Report on vaccination in Madras 1877-1894 - 1877-1894
Year: 1877
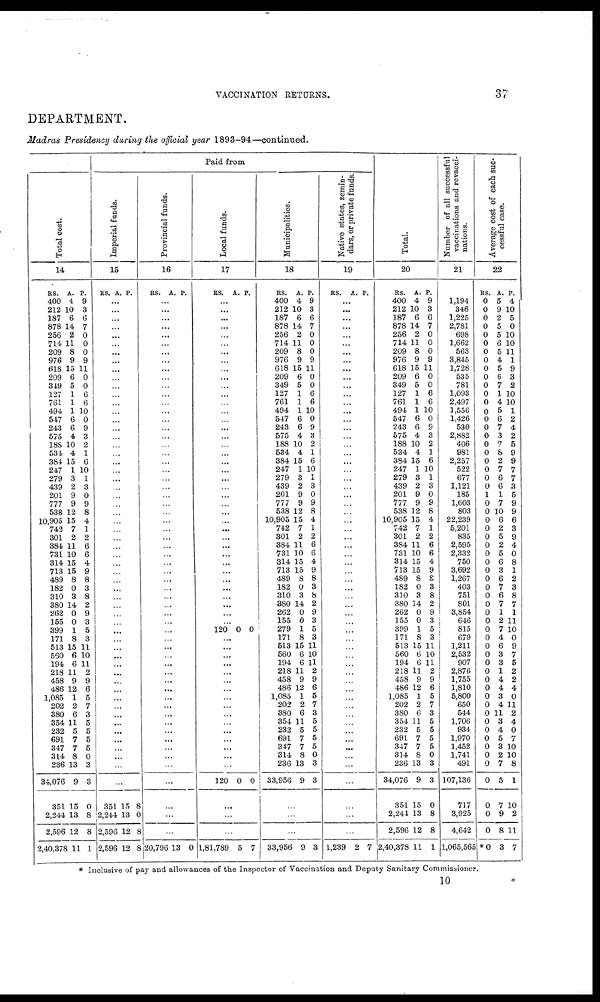
VACCINATION RETURNS.
37
DEPARTMENT.
Madras Presidency during the official year 1893-94—continued.
Total cost.
14
RS.
400
212
187
878
256
714
209
976
618
209
319
127
761
494
547
243
575
188
534
384
247
279
439
201
777
538
10,905
742
301
384
731
314
713
489
182
310
380
262
155
399
171
513
550
194
218
458
486
1,085
202
380
354
232
691
347
314
236
34,076
351
2,244
2,596
2,40,378
A.
4
10
6
14
2
11
8
9
15
6
5
1
1
1
6
6
4
10
4
15
1
3
2
9
9
12
15
7
2
11
10
15
15
8
0
3
14
0
0
1
8
15
6
6
11
9
12
1
2
6
11
5
7
7
8
13
9
15
13
12
11
P.
9
3
6
7
0
0
0
9
11
0
0
6
6
10
0
9
3
2
1
6
10
1
3
0
9
8
4
1
2
6
6
4
9
8
3
8
2
9
3
5
3
11
10
11
2
9
6
5
7
3
5
5
5
5
0
3
3
0
8
8
1
Paid from
Imperial funds.
15
RS. A. P.
...
...
...
...
...
...
...
...
...
...
...
...
...
...
...
...
...
...
...
...
... ...
...
...
...
...
...
...
...
...
...
...
...
...
...
...
...
...
...
...
...
...
...
...
...
...
...
...
...
...
...
...
...
...
...
...
...
351
2,244
2,586
2,596
15
13
12
12
8
0
8
8
Provincial funds.
16
RS. A. P.
...
...
...
...
...
...
...
...
...
...
...
...
...
...
...
...
...
...
...
...
...
...
...
...
...
...
...
...
...
...
...
...
...
...
...
...
...
...
...
...
...
...
...
...
...
...
...
...
...
...
...
...
...
...
...
...
...
...
...
...
20,796 13 0
Local funds.
17
RS. A. P.
...
...
...
...
...
...
...
...
...
...
...
...
...
...
...
...
...
...
...
...
...
...
...
...
...
...
...
...
...
...
...
...
...
...
...
...
...
...
...
120 0 0
...
...
...
...
...
...
...
...
...
...
...
...
...
...
...
...
120 0 0
...
...
...
1,81,789 5 7
Municipalities.
18
RS.
400
212
187
878
256
714
209
976
618
209
349
127
761
494
547
243
575
188
534
384
247
279
439
201
777
538
10,905
742
301
384
731
314
713
489
182
310
380
262
155
279
171
513
560
194
218
458
486
1,085
202
380
354
232
691
347
314
236
33,956
A.
4
10
6
14
2
11
8
9
15
6
5
1
1
1
6
6
4
10
4
15
1
3
2
9
9
12
15
7
2
11
10
15
15
8
0
3
14
0
0
1
8
15
6
6
11
9
12
1
2
6
11
5
7
7
8
13
9
P.
9
3
6
7
0
0
0
9
11
0
0
6
6
10
0
9
3
2
1
6
10
1
3
0
9
8
4
1
2
6
6
4
9
8
3
8
2
9
3
5
3
11
10
11
2
9
6
5
7
3
5
5
5
5
0
3
3
...
...
...
33,956 9 3
Native states, zemin¬
dars, or private funds.
19
RS. A. P.
...
...
...
...
...
...
...
...
...
...
...
...
...
...
...
...
...
...
...
...
... ...
...
...
...
...
...
...
...
...
...
...
...
...
...
...
...
...
...
...
...
...
...
...
...
...
...
...
...
...
...
...
...
...
...
...
...
...
...
...
1,239 2 7
Total.
20
RS.
400
212
187
878
256
714
209
976
618
209
349
127
761
494
547
243
575
188
534
384
247
279
439
201
777
538
10,905
742
301
384
731
314
713
489
182
310
380
262
155
399
171
513
560
194
218
458
486
1,085
202
380
354
232
691
347
314
236
34,076
351
2,244
2,596
2,40,378
A.
4
10
6
14
2
11
8
9
15
6
5
1
1
1
6
6
4
10
4
15
1
3
2
9
9
12
15
7
2
11
10
15
15
8
0
3
14
0
0
1
8
15
6
6
11
9
12
1
2
6
11
5
7
7
8
13
9
15
13
12
11
P.
9
3
6
7
0
0
0
9
11
0
0
6
6
10
0
9
3
2
1
6
10
1
3
0
9
8
4
1
2
6
6
4
9
8
3
8
2
9
3
5
3
11
10
11
2
9
6
5
7
3
5
5
5
5
0
3
3
0
8
8
1
Number of all successful
vaccinations and revacci¬
nations.
21
1,194
346
1,225
2,781
698
1,662
563
3,845
1,728
535
781
1,093
2,497
1,556
1,426
530
2,882
406
981
2,257
522
677
1,121
185
1,603
803
22,239
5,201
835
2,595
2,332
750
3,692
1,267
403
751
801
3,854
646
815
679
1,211
2,532
907
2,876
1,755
1,810
5,800
650
544
1,706
934
1,970
1,452
1,741
491
107,136
717
3,925
4,642
1,065,565
Average cost of each suc¬
cessful case.
22
RS.
0
0
0
0
0
0
0
0
0
0
0
0
0
0
0
0
0
0
0
0
0
0
0
1
0
0
0
0
0
0
0
0
0
0
0
0
0
0
0
0
0
0
0
0
0
0
0
0
0
0
0
0
0
0
0
0
0
0
0
0
*0
A.
5
9
2
5
5
6
5
4
5
6
7
1
4
5
6
7
3
7
8
2
7
6
6
1
7
10
6
2
5
2
5
6
3
6
7
6
7
1
2
7
4
6
3
3
1
4
4
3
4
11
3
4
5
3
2
7
5
7
9
8
3
P.
4
10
5
0
10
10
11
1
9
3
2
10
10
1
2
4
2
5
9
9
7
7
3
5
9
9
6
3
9
4
0
8
1
2
3
8
7
1
11
10
0
9
7
5
2
2
4
0
11
2
4
0
7
10
10
8
1
10
2
11
7
* Inclusive of pay and allowances of the Inspector of Vaccination and Deputy Sanitary Commissioner.
10